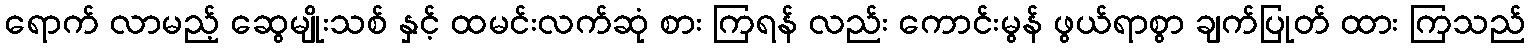
ရောက် လာမည့် ဆွေမျိုးသစ် နှင့် ထမင်းလက်ဆုံ စား ကြရန် လည်း ကောင်းမွန် ဖွယ်ရာစွာ ချက်ပြုတ် ထား ကြသည်